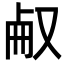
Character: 㕟